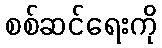
စစ်ဆင်ရေးကို